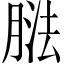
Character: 𦝌